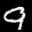
Label: 9